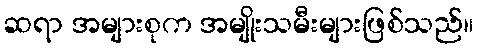
ဆရာ အများစုက အမျိုးသမီးများဖြစ်သည်။